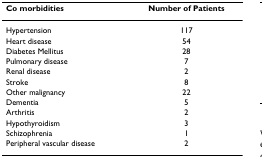
| Co morbidities | Number of Patients |
 | --- | --- |
 | Hypertension | 117 |
 | Heart disease | 54 |
 | Diabetes Mellitus | 28 |
 | Pulmonary disease | 7 |
 | Renal disease | 2 |
 | Stroke | 8 |
 | Other malignancy | 22 |
 | Dementia | 5 |
 | Arthritis | 2 |
 | Hypothyroidism | 3 |
 | Schizophrenia | 1 |
 | Peripheral vascular disease | 2 |